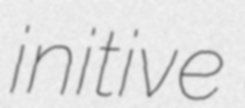
initive